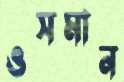
ওসমান